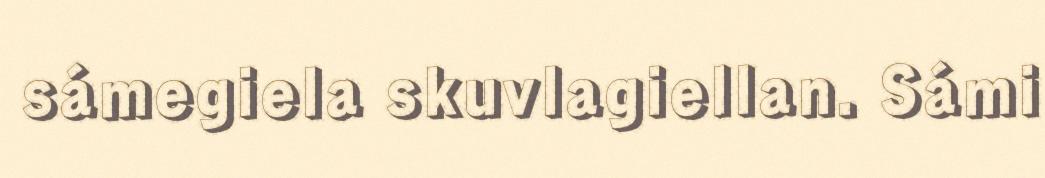
sámegiela skuvlagiellan. Sámi